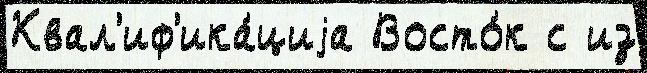
Квал'иф'ика́циjа Восто́к с из